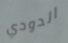
الدودي